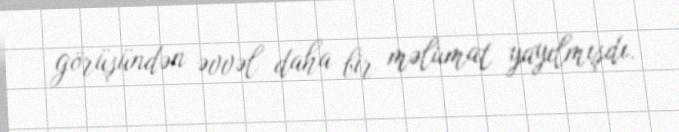
görüşündən əvvəl daha bir məlumat yayılmışdı.